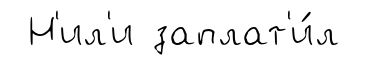
Н'ил'и заплат'и́л